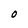
Character: O